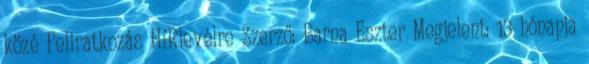
közé Feliratkozás HíRlevélre Szerző: Barna Eszter Megjelent: 13 hónapja